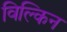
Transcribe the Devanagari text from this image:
विल्किन